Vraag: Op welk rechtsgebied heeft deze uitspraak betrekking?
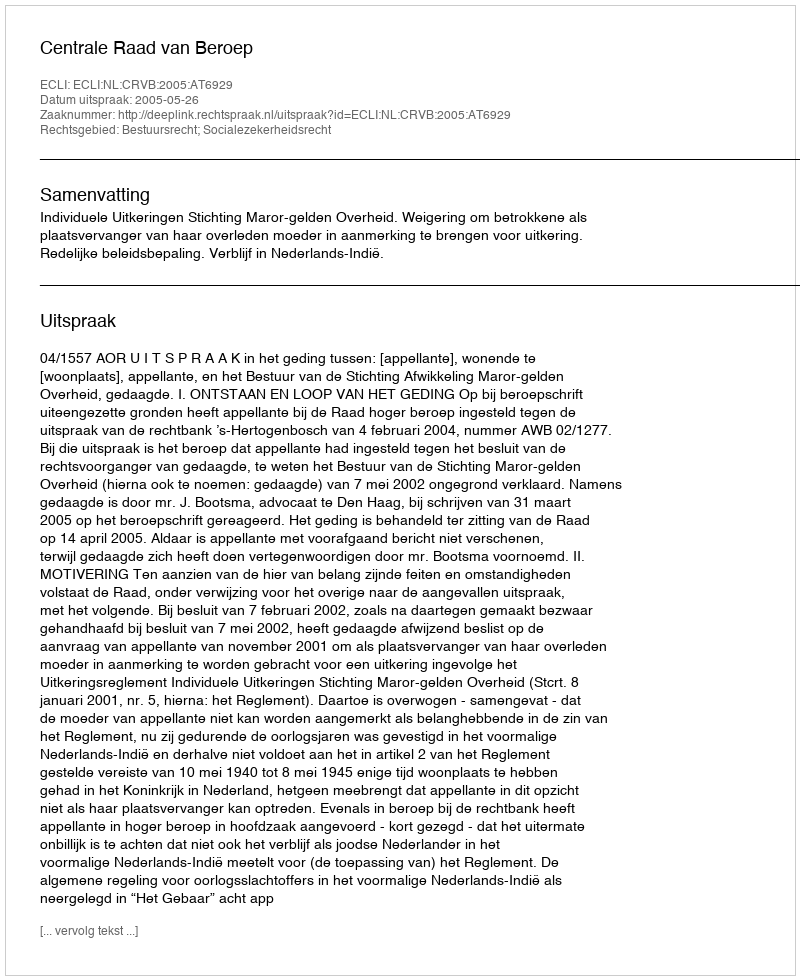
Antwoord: Bestuursrecht; Socialezekerheidsrecht